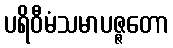
ပရိဝီမံသမာပဇ္ဇတော